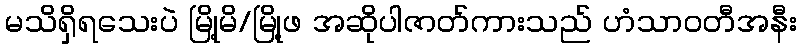
မသိရှိရသေးပဲ မြို့မိ/မြို့ဖ အဆိုပါဇာတ်ကားသည် ဟံသာဝတီအနီး